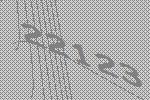
22123